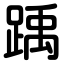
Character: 踽